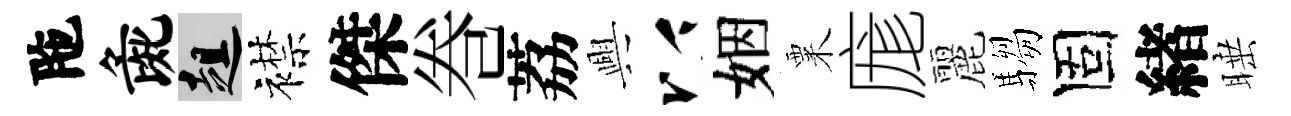
陁彘趄襟傑巻荔興以姻粟庬麗騶固緖睡